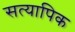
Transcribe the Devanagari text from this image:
सत्यापिक